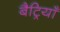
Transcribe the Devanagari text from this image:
बैट्रियाँ